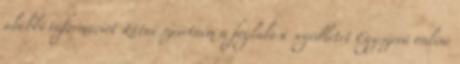
alábbi információt Látni szeretném a foglalási segédletet Egyszerű online